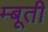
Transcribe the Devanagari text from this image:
म्बूती